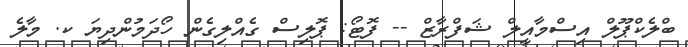
ބްލެކްޕޫލް އިސްމާއީލް ޝަފްރާޒް -- ފޮޓޯ: ޕޮލިސް ގެއްލިގެން ހޯދަމުންދިޔަ ކ. މާލެ